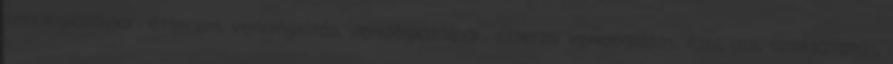
vendéglátóipar, étterem, vendéglátás, vendéglátóipar, éttermi vendéglátás, étel, ital, szolgáltatás,